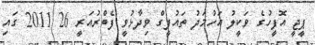
ޕީޖީ އޮފީހުގެ ވަކީލު އަހުމަދު ތައުފީގް ވިދާޅުވީ ފެބްރުއަރީ 26 2011 ގައި